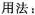
用法：